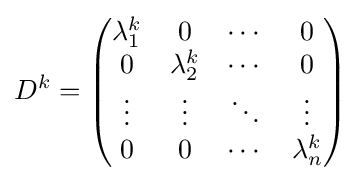
D^{k}={\begin{pmatrix}\lambda _{1}^{k}&0&\cdots &0\\0&\lambda _{2}^{k}&\cdots &0\\\vdots &\vdots &\ddots &\vdots \\0&0&\cdots &\lambda _{n}^{k}\end{pmatrix}}